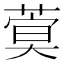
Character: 𦶺